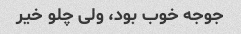
جوجه خوب بود، ولی چلو خیر